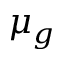
\mu _ { g }